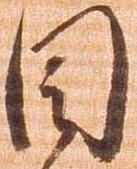
目